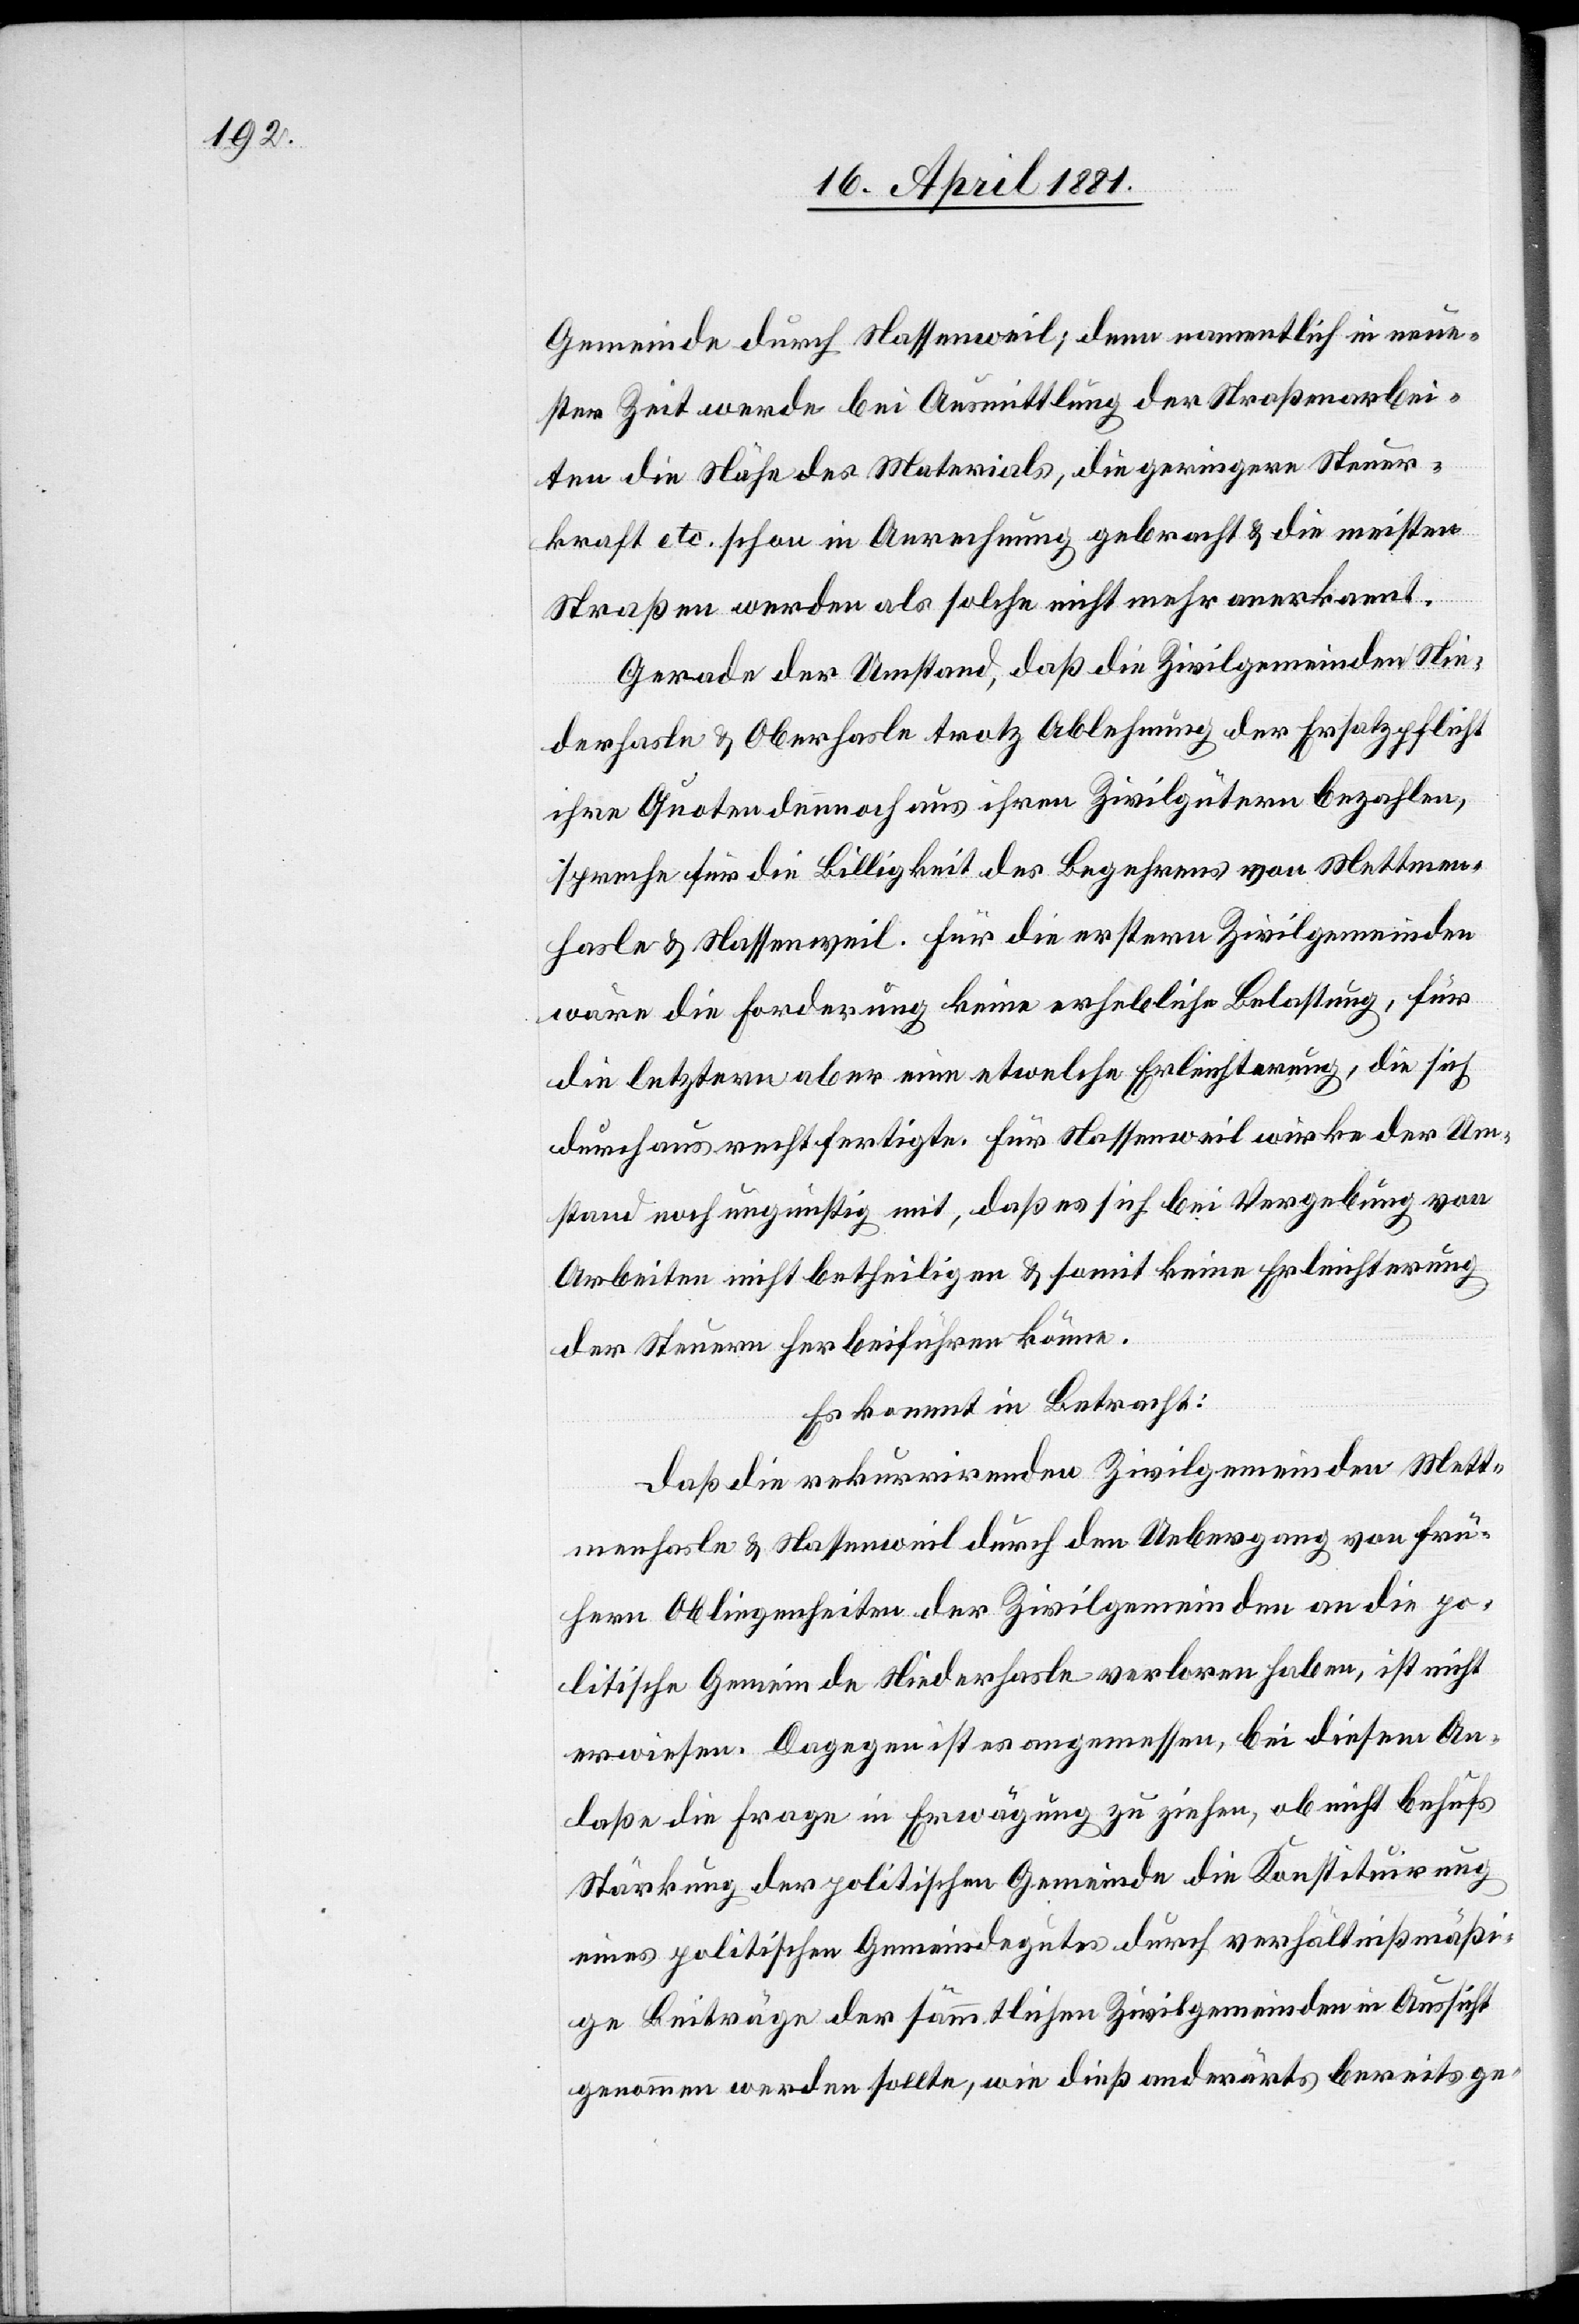
Gemeinde durch Nassenweil; denn namentlich in neue¬
ster Zeit werde bei Ausmittlung der Straßenarbei¬
ten die Nähe des Materials, die geringere Steuer¬
kraft etc. schon in Anrechnung gebracht & die meisten
Straßen werden als solche nicht mehr anerkannt.
Gerade der Umstand, daß die Zivilgemeinde Nie¬
derhasle & Oberhasle trotz Ablehnung der Ersatzpflicht
ihre Quoten dennoch aus ihren Zivilgütern bezahlen,
spreche für die Billigkeit des Begehrens von Mettmen¬
hasle & Nassenweil. Für die erstere Zivilgemeinden
wäre die Forderung keine erhebliche Belastung, für
die letztere aber eine etwelche Erleichterung, die sich
durchaus rechtfertige. Für Nassenweil wirke der Um¬
stand noch ungünstig mit, daß es sich bei Vergebung von
Arbeiten nicht betheiligen & somit keine Erleichterung
der Steuern herbeiführen könne.
Es kommt in Betracht:
Daß die rekurrirenden Zivilgemeinden Mett¬
menhasle & Nassenweil durch den Uebergang von frü¬
hern Obliegenheiten der Zivilgemeinden an die po¬
litische Gemeinde Niederhasle verloren haben, ist nicht
erwiesen. Dagegen ist es angemessen, bei diesem An¬
laße die Frage in Erwägung zu ziehen, ob nicht behufs
Stärkung der politischen Gemeinde die Konstituirung
eines politischen Gemeinderathes durch verhältnißmäßi¬
ge Beiträge der sämmtlichen Zivilgemeinden in Aussicht
genommen werden sollte, wie dieß anderorts bereits ge-